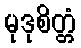
မုဒုစိတ္တံ